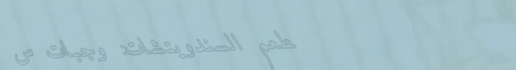
مطعم السندويتشات: وجبات س